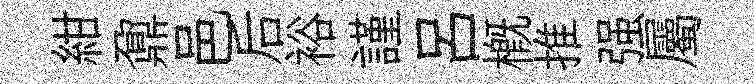
紺鼐邑后裕謹呂槪推强屬